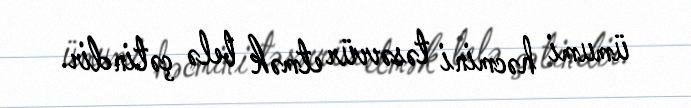
ümumi həcmini təsəvvür etmək belə çətindir.